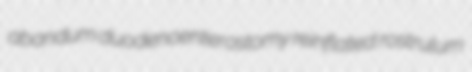
abandum duodenoenterostomy reinflated rostrulum